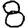
Digit: 8